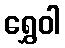
ရွှေဝါ